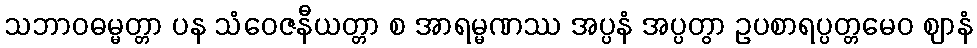
သဘာဝဓမ္မတ္တာ ပန သံဝေဇနီယတ္တာ စ အာရမ္မဏဿ အပ္ပနံ အပ္ပတွာ ဥပစာရပ္ပတ္တမေဝ ဈာနံ